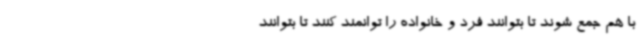
با هم جمع شوند تا بتوانند فرد و خانواده را توانمند کنند تا بتوانند